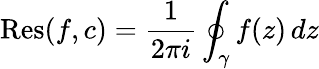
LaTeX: \operatorname{Res}(f,c)={\frac{1}{2\pi i}}\oint_{\gamma}f(z)\, dz